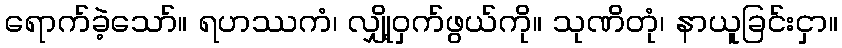
ရောက်ခဲ့သော်။ ရဟဿကံ၊ လျှို့ဝှက်ဖွယ်ကို။ သုဏိတုံ၊ နာယူခြင်းငှာ။